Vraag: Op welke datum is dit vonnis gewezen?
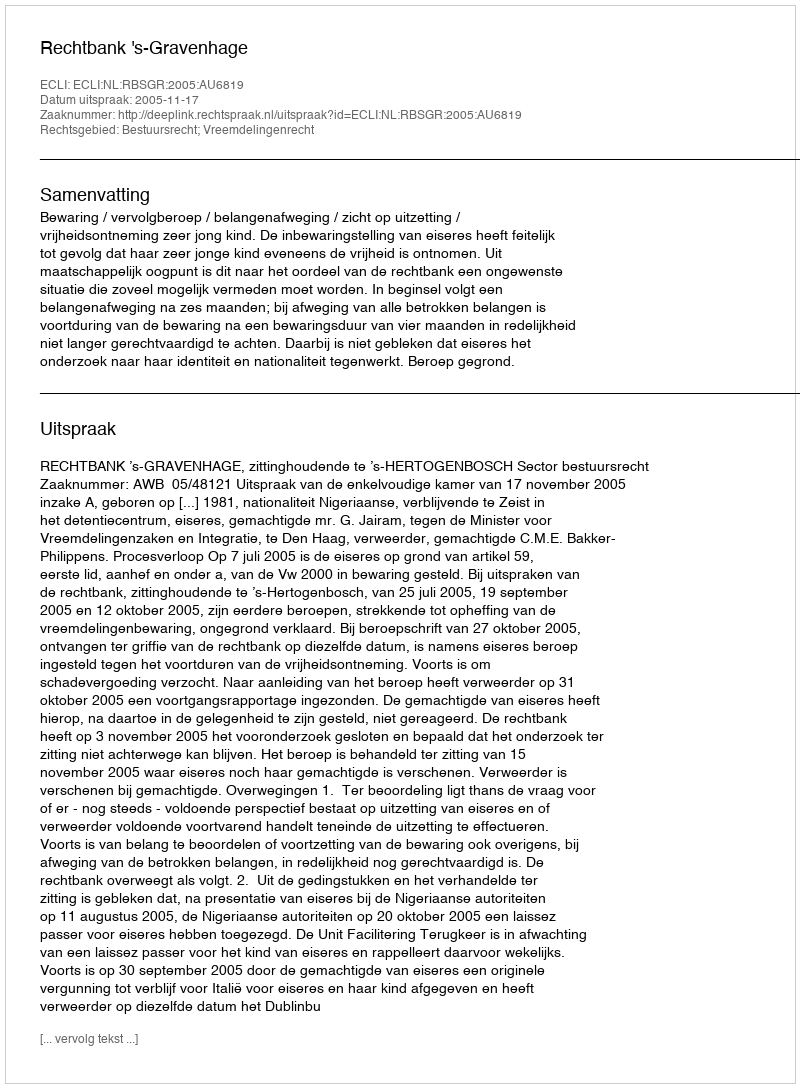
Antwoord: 2005-11-17